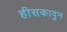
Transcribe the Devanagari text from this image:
हीसकावुन